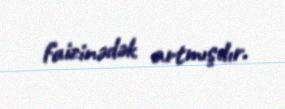
faizinədək artmışdır.